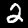
Label: 2